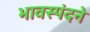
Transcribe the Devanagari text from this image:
भावस्पंदने